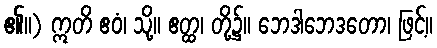
၏။) ဣတိ ဧဝံ၊ သို့။ ဧတ္ထ၊ တို့၌။ ဘေဒါဘေဒတော၊ ဖြင့်။